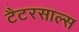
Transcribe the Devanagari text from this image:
टैटरसाल्स